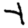
Digit: 4